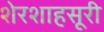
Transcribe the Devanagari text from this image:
शेरशाहसूरी